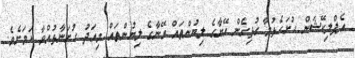
އެޕްލިކޭޝަން ހުށަހެޅުމާ ގުޅިގެން އޭނާގެ ލިޔުންތައް އޭނާގެ ލިޔުންތައް މިއަދު ހުށަނާޅުއްވާ ކަމަށެވެ.